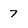
Character: 7